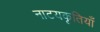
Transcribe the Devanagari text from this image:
नाटयकृतियाँ